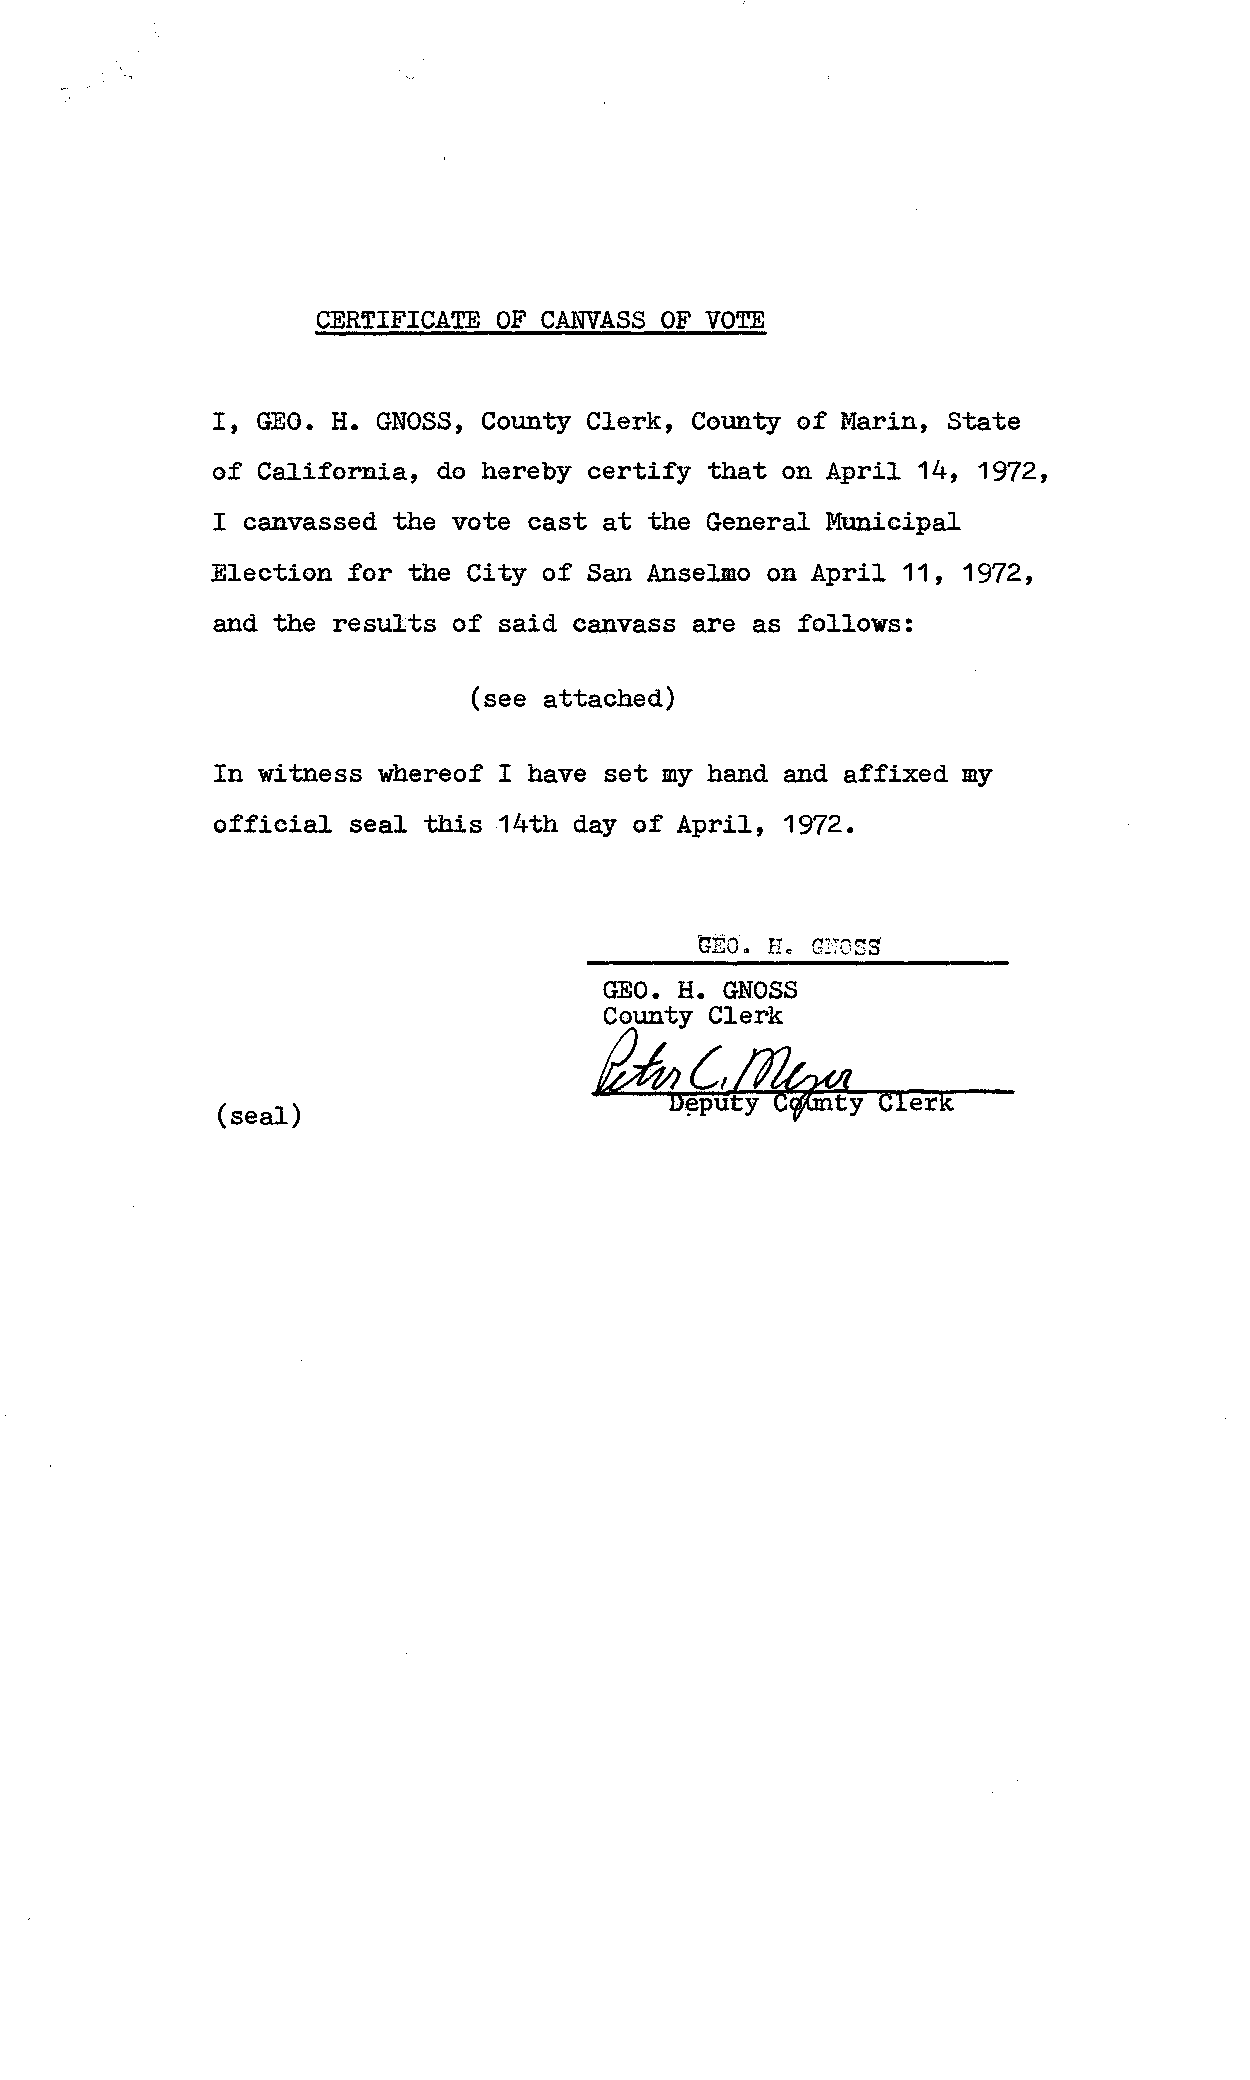
CERTIFICATE OF CANVASS OF VOTE
 I, GEO. H. GNOSS, County Clerk, County of Marin, State
 of California, do hereby certify that on April 14, 1972,
 I canvassed the vote cast at the General Municipal
 Election for the City of San Anselmo on April 11, 1972,
 and the results of said Canvass are as follows:
 (see attached)
 In witness whereof I have set my hand and affixed my
 official seal this 14th day of April, 1972.
 GEO·e. rIe GZ'TOSS
 GEO. H. GNOSS
 County Clerk
 ~~f12t#ty
 CIerK
 (seal)